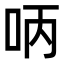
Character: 𠰳